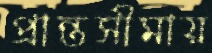
প্রান্তসীমায়